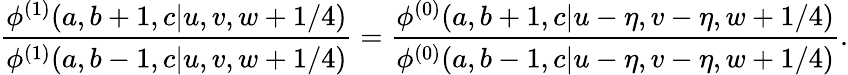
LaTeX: \displaystyle{\frac{\phi^{(1)}(a,b+1,c|u,v,w+1/4)}{\phi^{(1)}(a,b-1,c|u,v,w+1/4)}}=\displaystyle{\frac{\phi^{(0)}(a,b+1,c|u-\eta,v-\eta,w+1/4)}{\phi^{(0)}(a,b-1,c|u-\eta,v-\eta,w+1/4)}}.